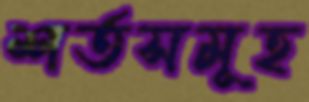
শর্তসমূহ